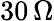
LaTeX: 30\, \Omega